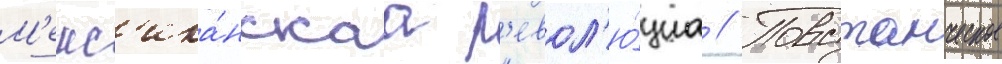
М'екс'ика́нскаа р'евол'ю́циа // Повстанческое